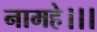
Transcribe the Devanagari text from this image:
नामहे।।।